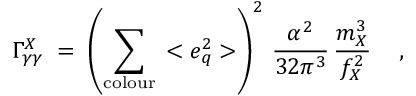
\Gamma _ { \gamma \gamma } ^ { X } \; = \; \left( \sum _ { \mathrm { c o l o u r } } \, < e _ { q } ^ { 2 } > \right) ^ { 2 } \, \frac { \alpha ^ { 2 } } { 3 2 \pi ^ { 3 } } \, \frac { m _ { X } ^ { 3 } } { f _ { X } ^ { 2 } } \; \; \; \ ,